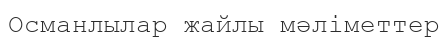
Османлылар жайлы мәліметтер